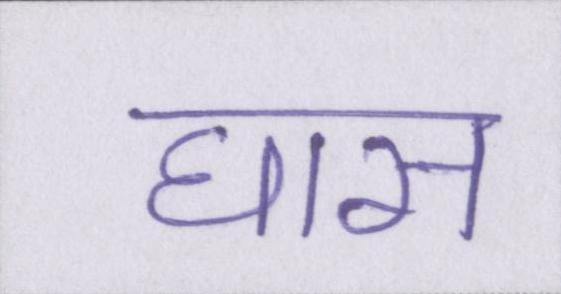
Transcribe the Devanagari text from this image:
घास